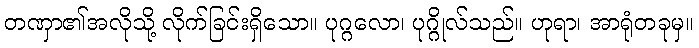
တဏှာ၏အလိုသို့ လိုက်ခြင်းရှိသော။ ပုဂ္ဂလော၊ ပုဂ္ဂိုလ်သည်။ ဟုရာ၊ အာရုံတခုမှ။